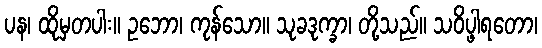
ပန၊ ထိုမှတပါး။ ဥဘော၊ ကုန်သော။ သုခဒုက္ခာ၊ တို့သည်။ သဝိပ္ဖါရတော၊